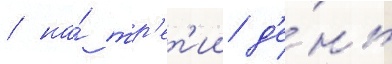
/ на́ тр'ет'ии д'е́нь